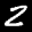
Label: 2